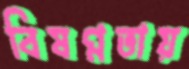
বিষণ্নতায়